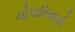
ચોપાનિયાએ